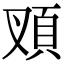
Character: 𩑐